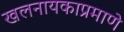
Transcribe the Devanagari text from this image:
खलनायकाप्रमाणे